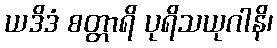
ယဒိဒံ စတ္တာရိ ပုရိသယုဂါနိ၊